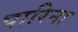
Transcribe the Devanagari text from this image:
पारिना